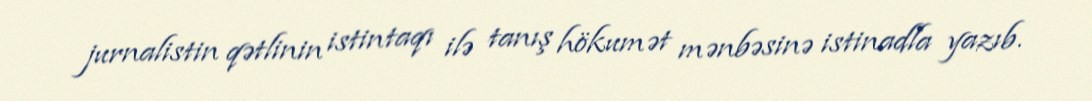
jurnalistin qətlinin istintaqı ilə tanış hökumət mənbəsinə istinadla yazıb.